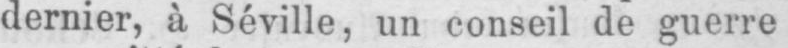
dernier, à Séville, un conseil de guerre